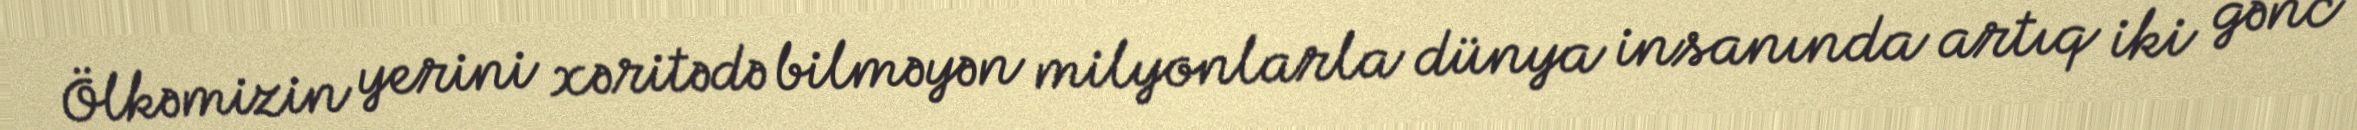
Ölkəmizin yerini xəritədə bilməyən milyonlarla dünya insanında artıq iki gənc